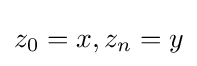
z_{0}=x,z_{n}=y